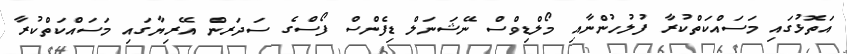
އަތޮޅުގައި މަސައްކަތްކުރާ ފުލުހުންނާއި މޯލްޑިވްސް ނޭޝަނަލް ޑިފެންސް ފޯސްގެ ސަދަރން އޭރިޔާގައި މަސައްކަތްކުރާ